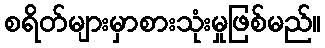
စရိတ်များမှာစားသုံးမှုဖြစ်မည်။